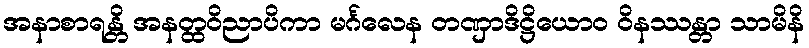
အနာစာရန္တိ အနတ္ထဝိညာပိကာ မင်္ဂလေန တဏှာဒိဋ္ဌိယောဝ ဝိနဿန္တာ သာမိနိ